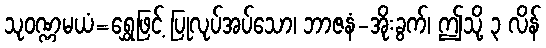
သုဝဏ္ဏမယံ=ရွှေဖြင့် ပြုလုပ်အပ်သော၊ ဘာဇနံ-အိုးခွက်၊ ဤသို့ ၃ လိန်